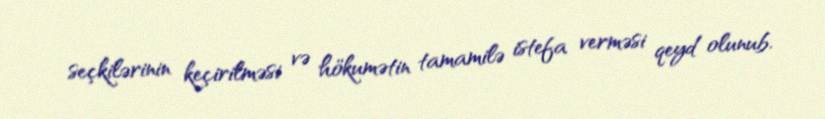
seçkilərinin keçirilməsi və hökumətin tamamilə istefa verməsi qeyd olunub.